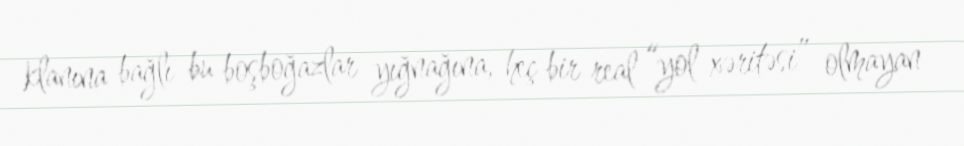
klanına bağlı bu boşboğazlar yığnağına, heç bir real “yol xəritəsi” olmayan